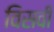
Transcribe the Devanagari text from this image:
विसवीं